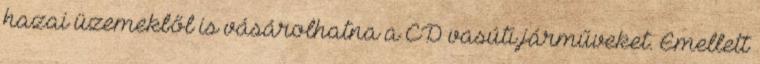
hazai üzemekből is vásárolhatna a ČD vasúti járműveket. Emellett